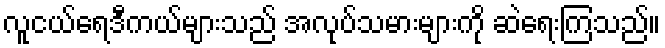
လူငယ်ရေဒီကယ်များသည် အလုပ်သမားများကို ဆဲရေးကြသည်။